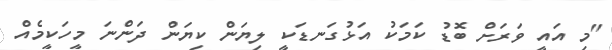
"މި އައީ ވަރަށް ބޮޑު ކަމަކު އަޅުގަނޑަކީ ލިޔަން ކިޔަން ދަންނަ މީހަކީމެއް